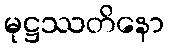
မုဋ္ဌဿတိနော